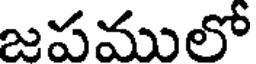
జపములో